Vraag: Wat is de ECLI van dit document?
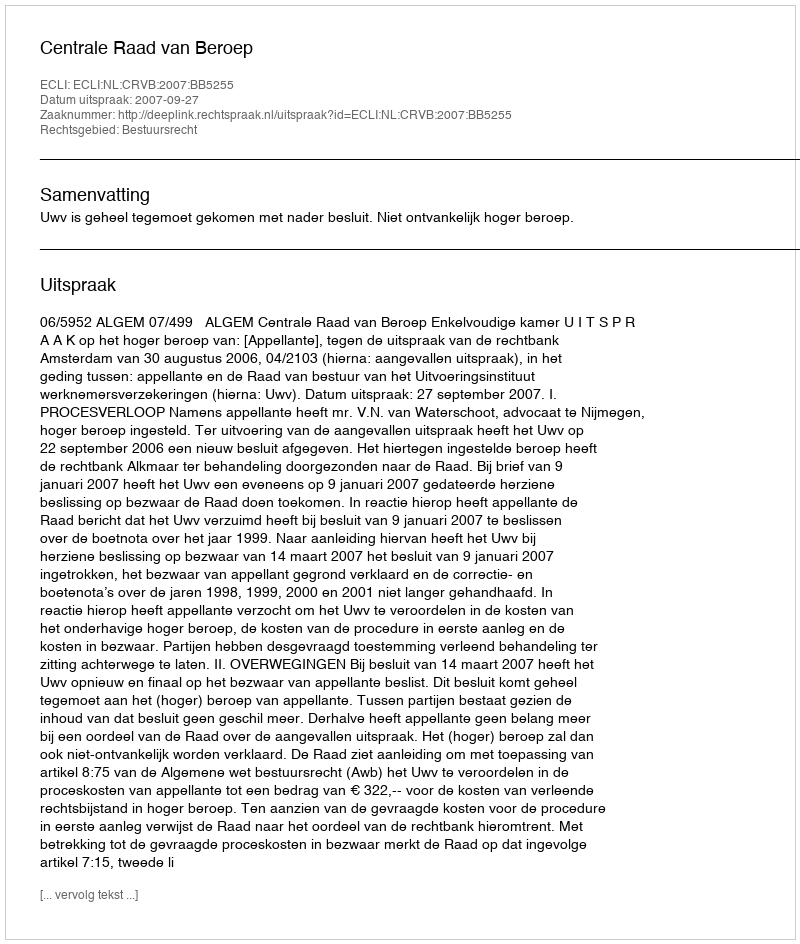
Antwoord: ECLI:NL:CRVB:2007:BB5255